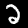
Label: 2